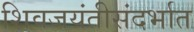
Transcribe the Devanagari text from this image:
शिवजयंतीसंदर्भात